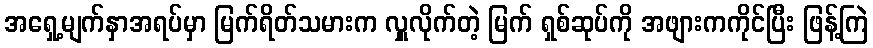
အရှေ့မျက်နှာအရပ်မှာ မြက်ရိတ်သမားက လှူလိုက်တဲ့ မြက် ရှစ်ဆုပ်ကို အဖျားကကိုင်ပြီး ဖြန့်ကြဲ